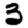
Digit: 3